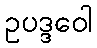
ဥပဒ္ဒဝေါ